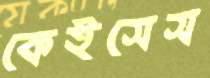
কেইসেস